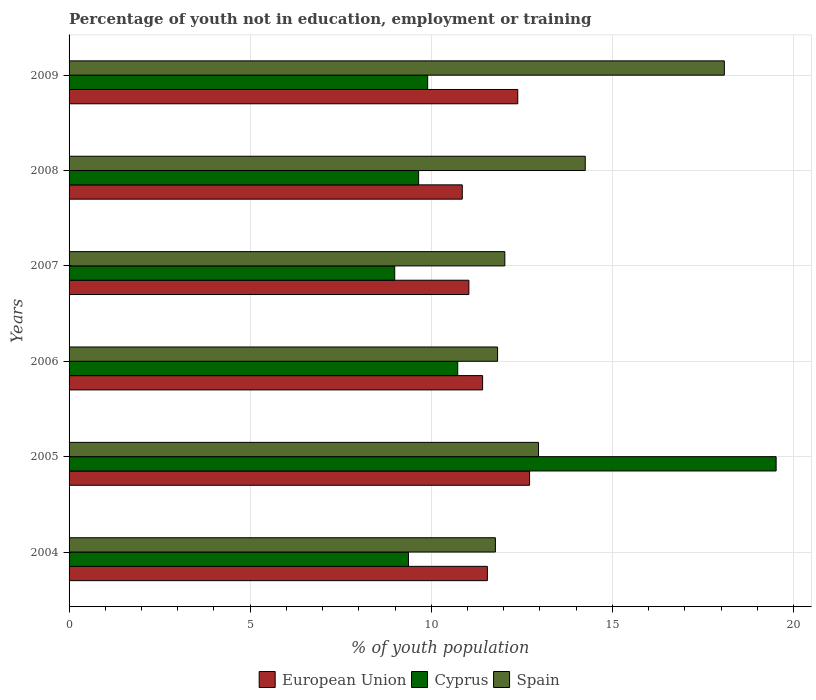
| Years | European Union | Cyprus | Spain |
 | --- | --- | --- | --- |
 | 2004 | 11.5 | 9.37 | 11.8 |
 | 2005 | 12.7 | 19.5 | 13 |
 | 2006 | 11.4 | 10.7 | 11.8 |
 | 2007 | 11 | 8.99 | 12 |
 | 2008 | 10.9 | 9.65 | 14.2 |
 | 2009 | 12.4 | 9.9 | 18.1 |